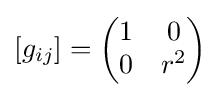
[g_{ij}]={\begin{pmatrix}1&0\\0&r^{2}\\\end{pmatrix}}